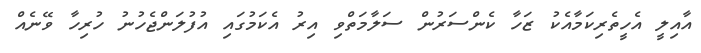
އާއިލީ އެހީތެރިކަމާއެކު ޒަހާ ކެންސަރުން ސަލާމަތްވި އިރު އެކަމުގައި އުފުލަންޖެހުނު ހުރިހާ ވޭނެއް